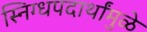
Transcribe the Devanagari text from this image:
स्निग्धपदार्थांमुळे